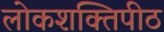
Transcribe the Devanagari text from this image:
लोकशक्तिपीठ